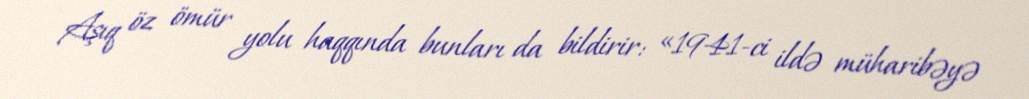
Aşıq öz ömür yolu haqqında bunları da bildirir: «1941-ci ildə müharibəyə